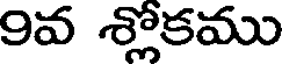
9వ శ్లోకము